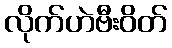
လိုက်ဟဲဗီးဝိတ်